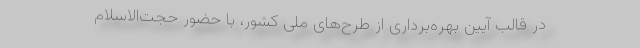
در قالب آیین بهره‌برداری از طرح‌های ملی کشور، با حضور حجت‌الاسلام